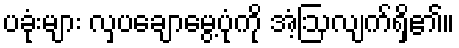
ပခုံးများ လှပချောမွေ့ပုံကို အံ့ဩလျက်ရှိ၏။